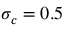
\sigma _ { c } = 0 . 5